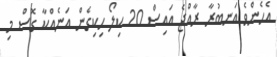
އެހެންވެ އަނބުރާ ރާއްޖެ އައިސް 20 ކިލޯ ހިކިގެން އަނެއްކާ ގޮސް މި